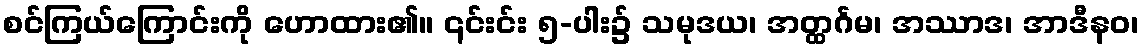
စင်ကြယ်ကြောင်းကို ဟောထား၏။ ၎င်းင်း ၅-ပါး၌ သမုဒယ၊ အတ္ထင်္ဂမ၊ အဿာဒ၊ အာဒီနဝ၊